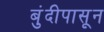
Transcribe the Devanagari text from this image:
बुंदीपासून